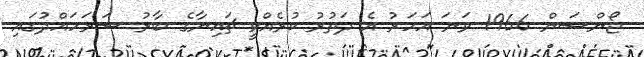
ޖޯންސަން 1966 ވަނަ އަހަރު އެ ދަތުރު ކުރެއްވީ ޗައިނާގެ ބާރު ސަރަހައްދުގައި